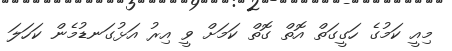
މިއީ ކަމުގެ ހަގީގަތް އޮތް ގޮތް ކަމަށް ވީ އިރު އަޅުގަނޑުމެން ކަހަލަ